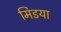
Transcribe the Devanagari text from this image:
मिडया